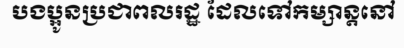
បងប្អូនប្រជាពលរដ្ឋ ដែលទៅកម្សាន្តនៅ